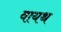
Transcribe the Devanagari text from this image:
वायथ